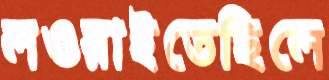
লওয়াইতেছিলে